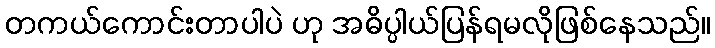
တကယ်ကောင်းတာပါပဲ ဟု အဓိပ္ပါယ်ပြန်ရမလိုဖြစ်နေသည်။